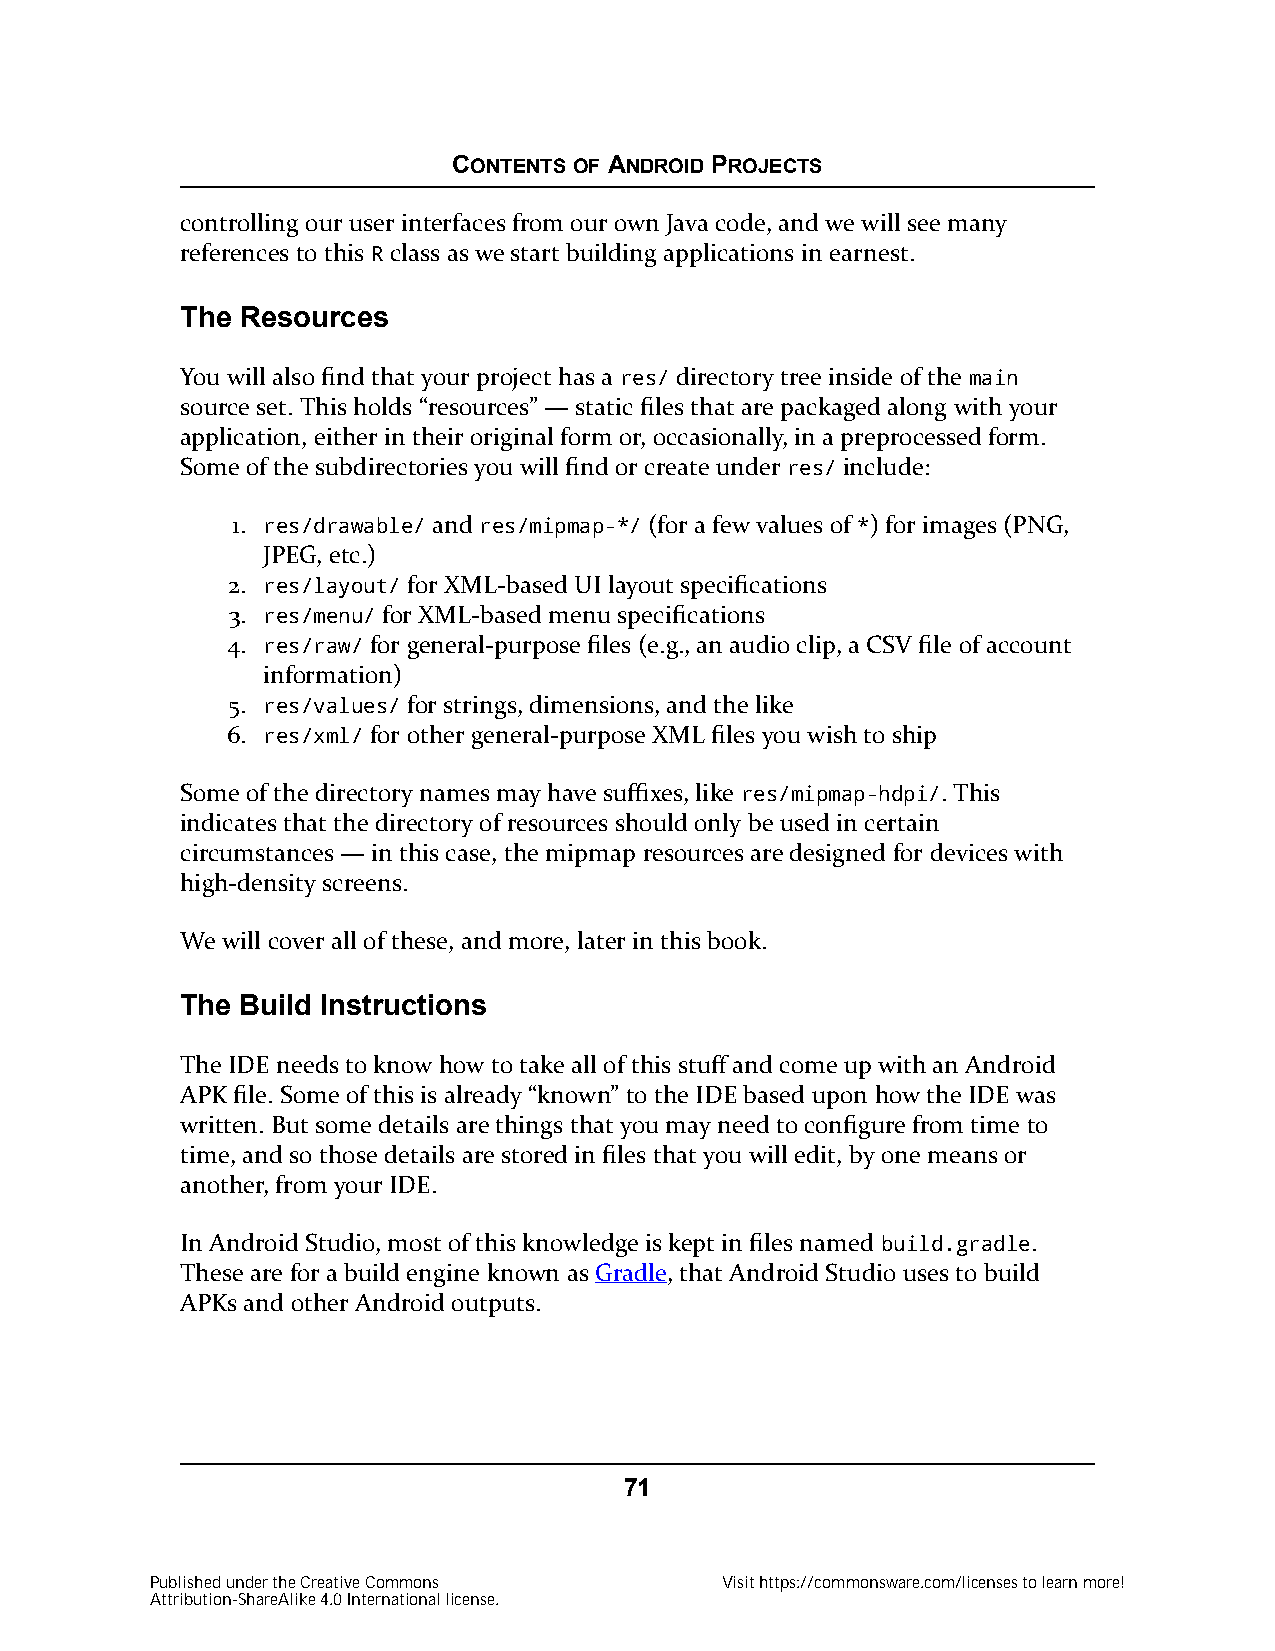
CONTENTS OF ANDROID PROJECTS
 controlling our user interfaces from our own Java code, and we will see many
 references to this R class as we start building applications in earnest.
 The Resources
 You will also find that your project has a res/ directory tree inside of the main
 source set. This holds “resources” — static files that are packaged along with your
 application, either in their original form or, occasionally, in a preprocessed form.
 Some of the subdirectories you will find or create under res/ include:
 1. res/drawable/ and res/mipmap-*/ (for a few values of *) for images (PNG,
 JPEG, etc.)
 2. res/layout/ for XML-based UI layout specifications
 3. res/menu/ for XML-based menu specifications
 4. res/raw/ for general-purpose files (e.g., an audio clip, a CSV file of account
 information)
 5. res/values/ for strings, dimensions, and the like
 6. res/xml/ for other general-purpose XML files you wish to ship
 Some of the directory names may have suffixes, like res/mipmap-hdpi/. This
 indicates that the directory of resources should only be used in certain
 circumstances — in this case, the mipmap resources are designed for devices with
 high-density screens.
 We will cover all of these, and more, later in this book.
 The Build Instructions
 The IDE needs to know how to take all of this stuff and come up with an Android
 APK file. Some of this is already “known” to the IDE based upon how the IDE was
 written. But some details are things that you may need to configure from time to
 time, and so those details are stored in files that you will edit, by one means or
 another, from your IDE.
 In Android Studio, most of this knowledge is kept in files named build.gradle.
 These are for a build engine known as Gradle, that Android Studio uses to build
 APKs and other Android outputs.
 71
 Published under the Creative Commons  Visit https://commonsware.com/licenses to learn more!
 Attribution-ShareAlike 4.0 International license.